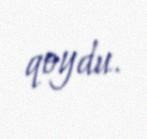
qoydu.